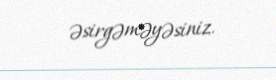
əsirgəməyəsiniz.